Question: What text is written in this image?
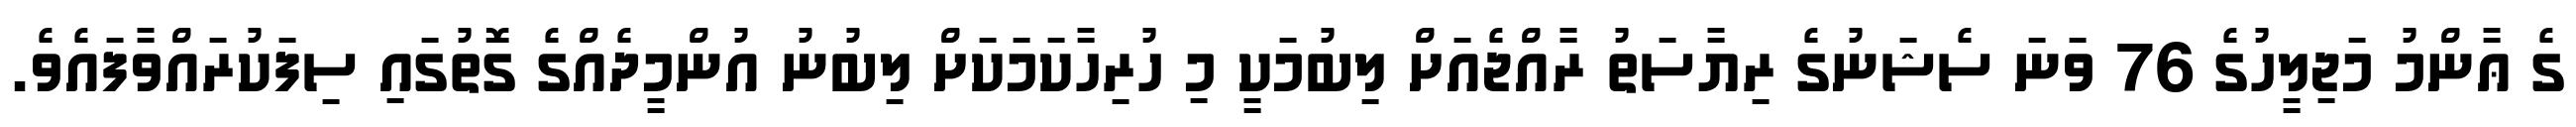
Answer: ގެ ޢާންމު މަޖިލީހުގެ 76 ވަނަ ސެޝަނުގެ ރިޔާސަތު ރާއްޖެއަށް ލިބުމަކީ މި ހުރިހާކަމަކަށް ލިބުނު އުންމީދެއްގެ ގޮތުގައި ސިފަކުރައްވާފައެވެ.